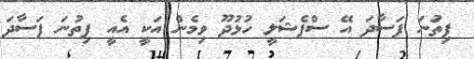
ފިތުަނަ ފަސާދަ އޭ ސްޕެޝަލީ ހުޅުދޫ ވިމެން އަކީ އެއީ ފިތުނަ ފަސާދަ